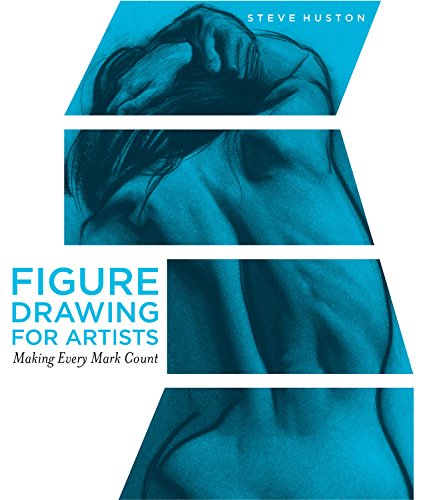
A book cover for Figure Drawing for Artists: Making Every Mark Count; Steve Huston; Arts & Photography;